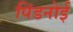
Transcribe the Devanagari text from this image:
पिंडनोई